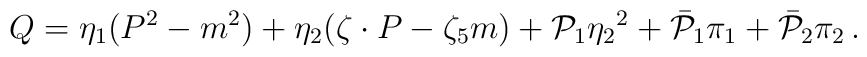
Q=\eta_{1} (P^2-m^2) + \eta_{2}(\zeta\cdot P-\zeta_5 m) + {\cal P}_{1}{\eta_{2}}^2 +{\bar{\cal P}}_{1}\pi_{1} + {\bar{\cal P}}_{2}\pi_{2}\,.